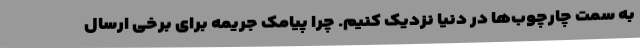
به سمت چارچوب‌ها در دنیا نزدیک کنیم. چرا پیامک جریمه برای برخی ارسال